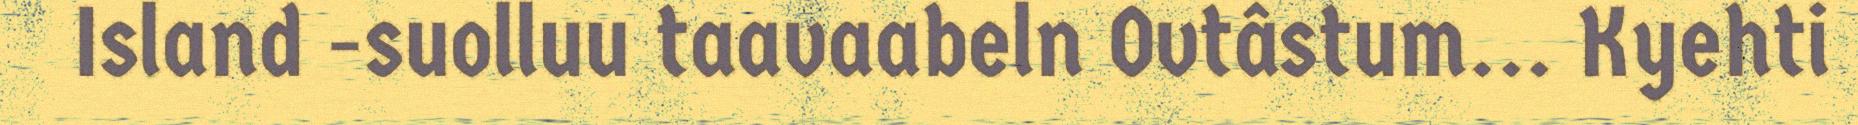
Island -suolluu taavaabeln Ovtâstum... Kyehti